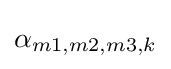
\alpha _{m1,m2,m3,k}